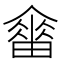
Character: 𤳋